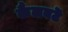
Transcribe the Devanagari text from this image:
कैलवटॆ